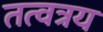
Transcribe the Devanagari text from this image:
तत्वत्रय